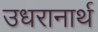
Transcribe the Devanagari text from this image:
उधरानार्थ